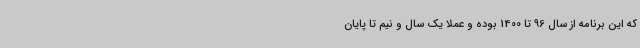
که این برنامه از سال 96 تا 1400 بوده و عملا یک سال و نیم تا پایان